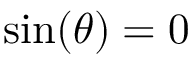
\sin ( \theta ) = 0